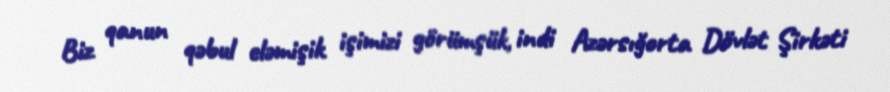
Biz qanun qəbul eləmişik işimizi görümşük, indi Azərsığorta Dövlət Şirkəti